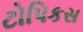
ટોપિકસ